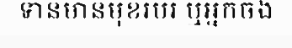
ទាន់មានមុខរបរ ឬអ្នកចង់